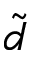
\tilde { d }